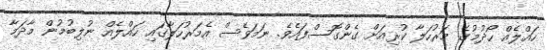
ހައްލެއް ހޯދުމުގެ މަރުހަލާ ކުރިއަށް ގެންގޮސްފައެވެ. ނަމަވެސް އެމަރުހަލާގައި ހައްލެއް ނުލިބުމުން މާދަމާ